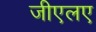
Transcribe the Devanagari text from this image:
जीएलए